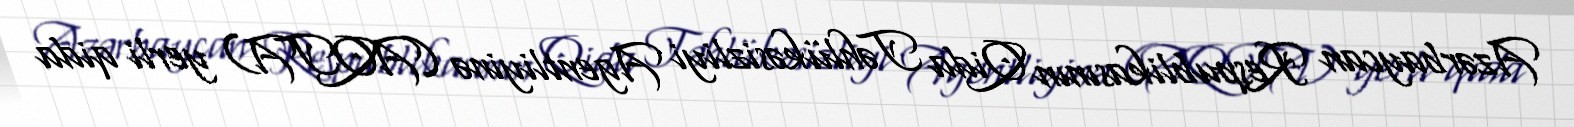
Azərbaycan Respublikasının Qida Təhlükəsizliyi Agentliyinə (AQTA) yerli qida